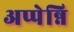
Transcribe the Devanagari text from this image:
अप्पेन्नि